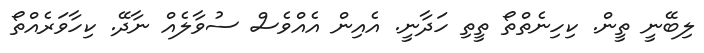
ލިބޭނީ ތީން. ކިހިނެތްތޯ ތީތި ހަދާނީ. އެއިން އެއްވެސް ސުވާލެއް ނާދޭ. ކިހާވަރެއްތޯ